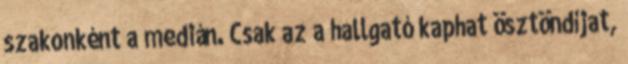
szakonként a medián. Csak az a hallgató kaphat ösztöndíjat,